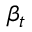
\beta _ { t }